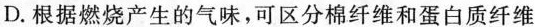
D. 根据燃烧产生的气味，可区分棉纤维和蛋白质纤维